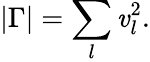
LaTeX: |\Gamma|=\sum_{l}\mathit{v}_{l}^{2}.